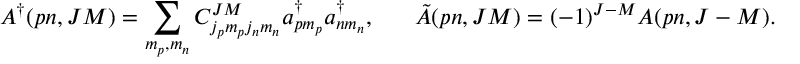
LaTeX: A ^ { \dagger } ( p n , J M ) = \sum _ { m _ { p } , m _ { n } } ^ { } C _ { j _ { p } m _ { p } j _ { n } m _ { n } } ^ { J M } a _ { p m _ { p } } ^ { \dagger } a _ { n m _ { n } } ^ { \dagger } , ~ ~ ~ ~ ~ \tilde { A } ( p n , J M ) = ( - 1 ) ^ { J - M } { A } ( p n , J - M ) .